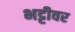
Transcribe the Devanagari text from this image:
भट्टीवर